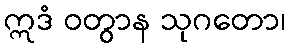
ဣဒံ ဝတွာန သုဂတော၊